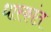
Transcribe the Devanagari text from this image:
धारकांत